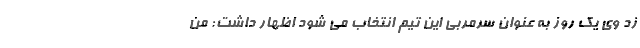
زد وی یک روز به عنوان سرمربی این تیم انتخاب می شود اظهار داشت: من